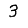
Digit: 3